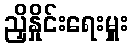
ညှိနှိုင်းရေးမှူး